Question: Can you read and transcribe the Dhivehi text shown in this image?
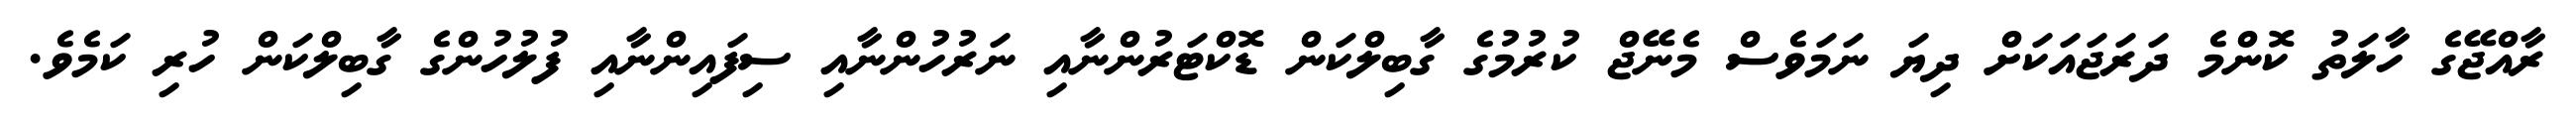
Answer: ރާއްޖޭގެ ހާލަތު ކޮންމެ ދަރަޖައަކަށް ދިޔަ ނަމަވެސް މެނޭޖް ކުރުމުގެ ގާބިލްކަން ޑޮކްޓަރުންނާއި ނަރުހުންނާއި ސިފައިންނާއި ފުލުހުންގެ ގާބިލްކަން ހުރި ކަމެވެ.